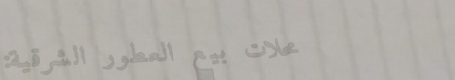
محلات بيع العطور الشرقية: